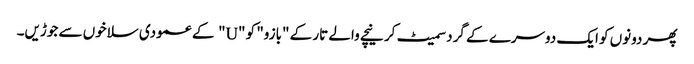
پھر دونوں کو ایک دوسرے کے گرد سمیٹ کر نیچے والے تار کے "بازو" کو "U" کے عمودی سلاخوں سے جوڑیں۔